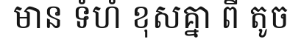
មាន ទំហំ ខុសគ្នា ពី តូច